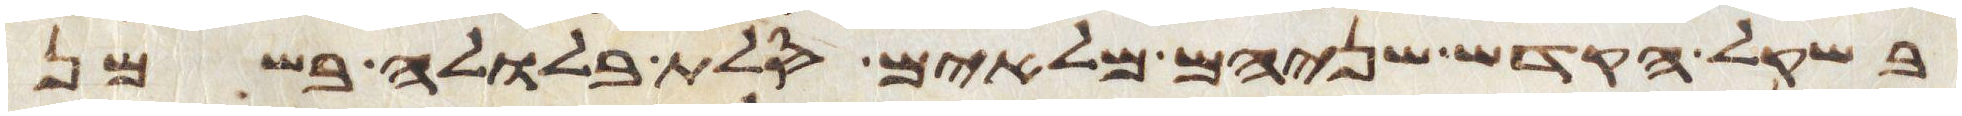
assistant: בשקל הקדש שניהם מלאים סלת בלולה בשמן